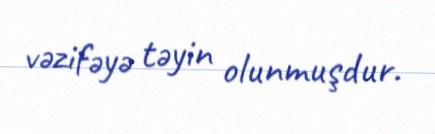
vəzifəyə təyin olunmuşdur.